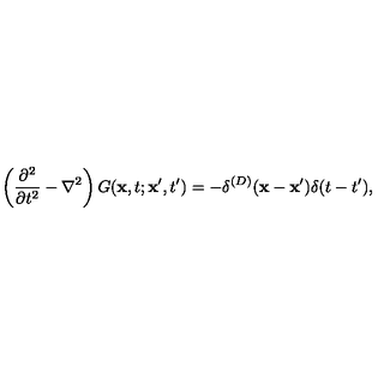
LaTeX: \left( { \frac { \partial ^ { 2 } } { \partial t ^ { 2 } } } - \nabla ^ { 2 } \right) G ( { \bf x } , t ; { \bf x } ^ { \prime } , t ^ { \prime } ) = - \delta ^ { ( D ) } ( { \bf x } - { \bf x } ^ { \prime } ) \delta ( t - t ^ { \prime } ) ,